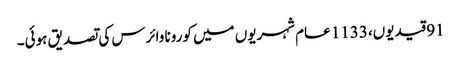
91 قیدیوں، 1133 عام شہریوں میں کورونا وائرس کی تصدیق ہوئی۔